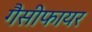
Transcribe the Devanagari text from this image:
गैसीफायर